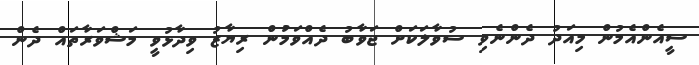
ސީއެންއެމުން މިއަދު ދެންނެވި ސުވާލަކަށް ޖަވާބު ދެއްވަމުން ރިޔާޒު ވިދާޅުވީ މަޝްވަރާތައް ދެން